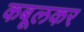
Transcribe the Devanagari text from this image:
कबूलकर